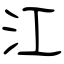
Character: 江